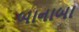
બાનાબા